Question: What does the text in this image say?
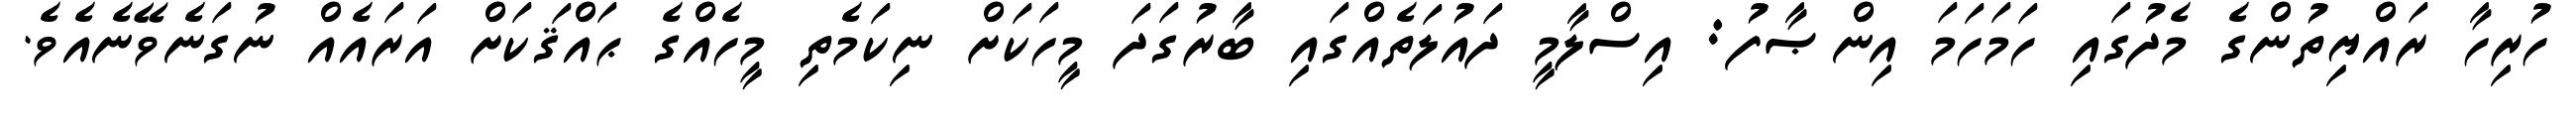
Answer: ހުރިހާ ރައްޔިތުންގެ މެދުގައި ހަމަހަމަ އިންޞާފު: އިސްލާމީ ދައުލަތެއްގައި ބާރުގަދަ މީހަކަށް ނިކަމެތި މީހެއްގެ ޙައްޤަކަށް އަރައެއް ނުގަނެވޭނެއެވެ.